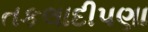
તકલાદીપણા